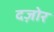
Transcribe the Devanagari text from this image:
दज़ोर